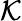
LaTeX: {\cal K}